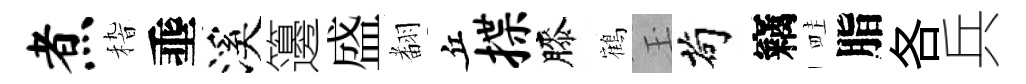
煮𥟵埀溪籩盛𮋒丘揲膝鶴玉茍竊畦脂各兵